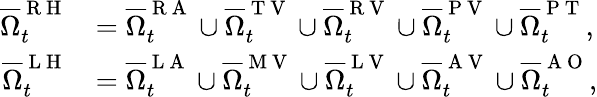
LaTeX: \begin{array}{rl}{{\overline{{\Omega}}_{t}^{\mathrm{~R~H~}}}}&{{}{=\overline{{\Omega}}_{t}^{\mathrm{~R~A~}}\cup\overline{{\Omega}}_{t}^{\mathrm{~T~V~}}\cup\overline{{\Omega}}_{t}^{\mathrm{~R~V~}}\cup\overline{{\Omega}}_{t}^{\mathrm{~P~V~}}\cup\overline{{\Omega}}_{t}^{\mathrm{~P~T~}},}}\\ {{\overline{{\Omega}}_{t}^{\mathrm{~L~H~}}}}&{{}{=\overline{{\Omega}}_{t}^{\mathrm{~L~A~}}\cup\overline{{\Omega}}_{t}^{\mathrm{~M~V~}}\cup\overline{{\Omega}}_{t}^{\mathrm{~L~V~}}\cup\overline{{\Omega}}_{t}^{\mathrm{~A~V~}}\cup\overline{{\Omega}}_{t}^{\mathrm{~A~O~}}},}\end{array}